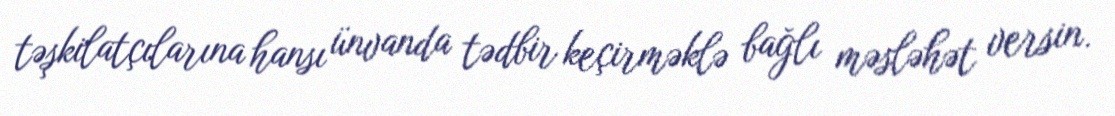
təşkilatçılarına hansı ünvanda tədbir keçirməklə bağlı məsləhət versin.